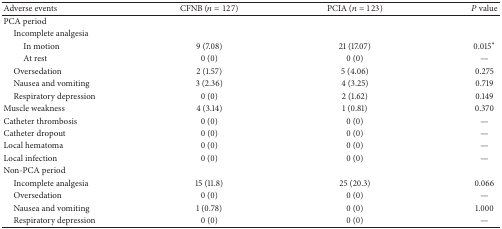
<table><thead><tr><td><b>Adverse events</b></td><td><b>CFNB (<i>n</i> = 127)</b></td><td><b>PCIA (<i>n</i> = 123)</b></td><td><b><i>P</i> value</b></td></tr></thead><tbody><tr><td>PCA period</td><td> </td><td> </td><td> </td></tr><tr><td> Incomplete analgesia</td><td> </td><td> </td><td> </td></tr><tr><td>In motion</td><td>9 (7.08)</td><td>21 (17.07)</td><td>0.015∗</td></tr><tr><td>At rest</td><td>0 (0)</td><td>0 (0)</td><td>—</td></tr><tr><td> Oversedation</td><td>2 (1.57)</td><td>5 (4.06)</td><td>0.275</td></tr><tr><td> Nausea and vomiting</td><td>3 (2.36)</td><td>4 (3.25)</td><td>0.719</td></tr><tr><td> Respiratory depression </td><td>0 (0) </td><td>2 (1.62) </td><td>0.149</td></tr><tr><td>Muscle weakness</td><td>4 (3.14)</td><td>1 (0.81)</td><td>0.370</td></tr><tr><td>Catheter thrombosis</td><td>0 (0)</td><td>0 (0)</td><td>—</td></tr><tr><td>Catheter dropout</td><td>0 (0)</td><td>0 (0)</td><td>—</td></tr><tr><td>Local hematoma</td><td>0 (0)</td><td>0 (0)</td><td>—</td></tr><tr><td>Local infection</td><td>0 (0)</td><td>0 (0)</td><td>—</td></tr><tr><td>Non-PCA period</td><td> </td><td> </td><td> </td></tr><tr><td> Incomplete analgesia</td><td>15 (11.8)</td><td>25 (20.3)</td><td>0.066</td></tr><tr><td> Oversedation</td><td>0 (0)</td><td>0 (0)</td><td>—</td></tr><tr><td> Nausea and vomiting</td><td>1 (0.78)</td><td>0 (0)</td><td>1.000</td></tr><tr><td> Respiratory depression </td><td>0 (0) </td><td>0 (0) </td><td>—</td></tr></tbody></table>